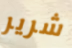
شرير